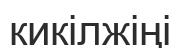
кикілжіңі